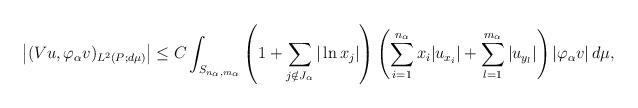
LaTeX: \begin{align*}\left|(Vu,\varphi_{\alpha}v)_{L^2(P;d\mu)}\right| &\leq C\int_{S_{n_{\alpha},m_{\alpha}}} \left(1+\sum_{j\notin J_{\alpha}}|\ln x_j|\right) \left(\sum_{i=1}^{n_{\alpha}} x_i|u_{x_i}|+\sum_{l=1}^{m_{\alpha}}|u_{y_l}|\right) |\varphi_{\alpha}v|\, d\mu,\end{align*}